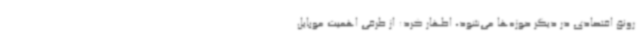
رونق اقتصادی در دیگر حوزه‌ها می‌شود، اظهار کرد: از طرفی اهمیت موبایل